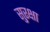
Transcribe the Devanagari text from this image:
सु्रक्षा